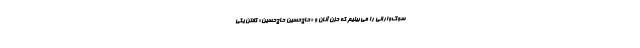
سوگ‌وارانی را می‌بینیم که حُزن آنان و «حاج‌حسین حاج‌حسین» گفتن‌ یکی